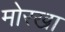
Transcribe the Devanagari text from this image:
मोरखा